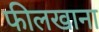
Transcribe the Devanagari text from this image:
फीलखाना